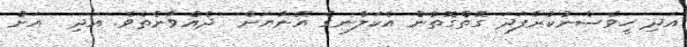
އަދި ހީވެސްނުކުރާފަދަ ގޮތްގޮތުން އެކަލާނގެ އޭނާޔަށް  ދެއްވާނެތެވެ. އަދި  އަށް